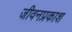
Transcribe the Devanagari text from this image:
जीवनप्रकाश